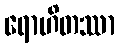
ရောဟိတဿာ